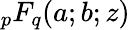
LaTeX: {}_{p}F_{q}(a;b;z)